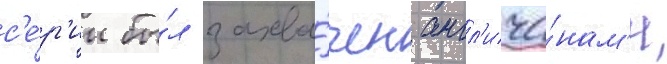
с'е́р'ии бы́л захва́чен англ'ича́нам'и